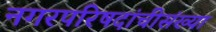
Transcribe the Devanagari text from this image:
नगरपरिषदांचीसंख्या